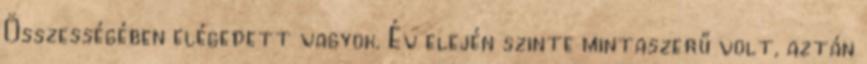
Összességében elégedett vagyok. Év elején szinte mintaszerű volt, aztán